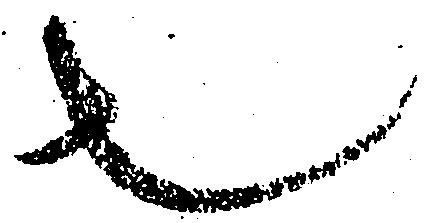
也